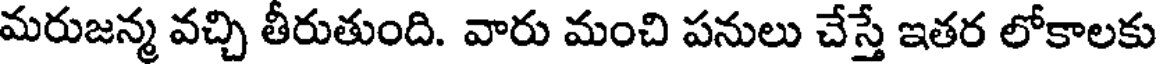
మరుజన్మ వచ్చి తీరుతుంది. వారు మంచి పనులు చేస్తే ఇతర లోకాలకు